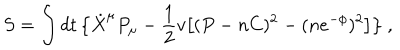
LaTeX: S = \int d t \, \big \{ \dot { X } ^ { \mu } P _ { \mu } - { \frac { 1 } { 2 } } v \big [ ( P - n C ) ^ { 2 } - ( n e ^ { - \phi } ) ^ { 2 } \big ] \big \} \ ,